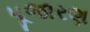
પૂજારણ